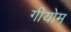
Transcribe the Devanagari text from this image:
गीयोम